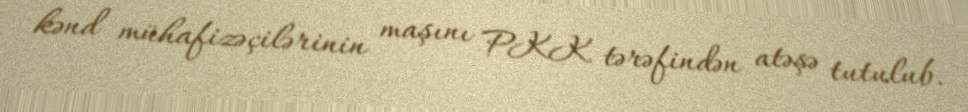
kənd mühafizəçilərinin maşını PKK tərəfindən atəşə tutulub.